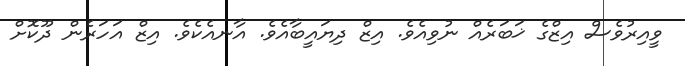
ވީއިރުވެސް އިޒްގެ ޚަބަރެއް ނުވިއެވެ. އިޒް ދިޔައީބާއެވެ. އާނއެކެވެ. އިޒް އަހަރެން ދޫކޮށް